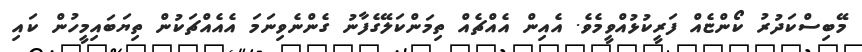
މޭބިސްކަދުރު ކޯންޏެއް ފަރީކުޅުއްވީމެވެ. އެއިން އެއްޗެއް ތިމަންކަލޭގެފާނު ގެންނެވިނަމަ އެއެއްޗަކުން ތިޔަބައިމީހުން ކައި